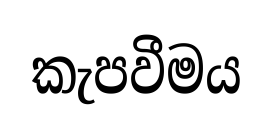
කැපවීමය